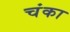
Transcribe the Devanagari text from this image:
चंका